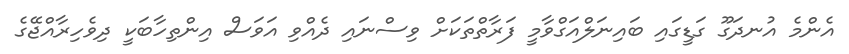
އެންމެ އުނދަގޫ ގަޑީގައި ބައިނަލްއަގްވާމީ ފަރާތްތަކަށް ވިސްނައި ދެއްވި އަވަސް އިންތިހާބަކީ ދިވެހިރާއްޖޭގެ